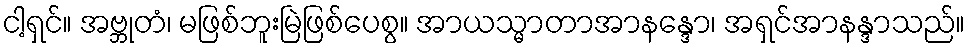
ငါ့ရှင်။ အဗ္ဘုတံ၊ မဖြစ်ဘူးမြဲဖြစ်ပေစွ။ အာယသ္မာတာအာနန္ဒော၊ အရှင်အာနန္ဒာသည်။